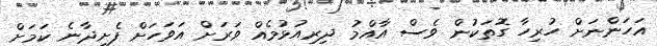
އަހަންނަށް ހުރިހާ ގޮތަކުން ވެސް އާއްމު ދިރިއުޅުމެއް ވަރަށް އަވަހަށް ފެށިދާނެ ކަމަށް